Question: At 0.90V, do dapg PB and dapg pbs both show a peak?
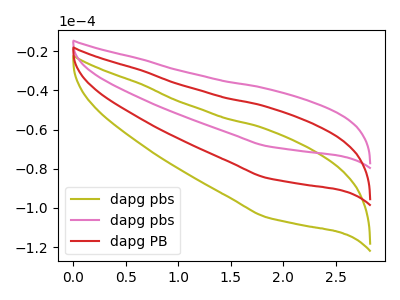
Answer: <think>The olive curve "dapg pbs" has no peaks. The pink curve "dapg pbs" has no peaks. The red curve "dapg PB" has no peaks.</think>
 <answer>No, "dapg PB" and "dapg pbs" dont share a peak at 0.90V.</answer>
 <eval>mismatch</eval>